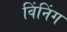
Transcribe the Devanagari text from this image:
विंनिंग